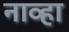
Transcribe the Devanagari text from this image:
नाव्हा